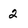
Character: 2